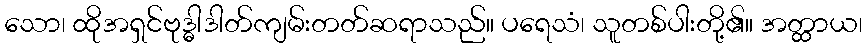
သော၊ ထိုအရှင်ဗုဒ္ဓါဒါတ်ကျမ်းတတ်ဆရာသည်။ ပရေသံ၊ သူတစ်ပါးတို့၏။ အတ္ထာယ၊